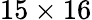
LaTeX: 15\times 16